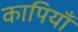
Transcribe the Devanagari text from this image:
कापियाँ